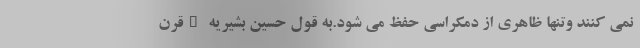
نمی کنند وتنها ظاهری از دمکراسی حفظ می شود.به قول حسین بشیریه "قرن